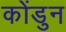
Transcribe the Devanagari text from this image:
कोंडुन